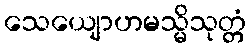
သေယျောဟမသ္မိသုတ္တံ